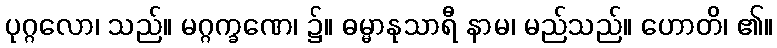
ပုဂ္ဂလော၊ သည်။ မဂ္ဂက္ခဏေ၊ ၌။ ဓမ္မာနုသာရီ နာမ၊ မည်သည်။ ဟောတိ၊ ၏။